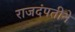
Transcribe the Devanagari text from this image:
राजदंपतीने